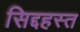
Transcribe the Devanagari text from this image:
सिद्दहस्त